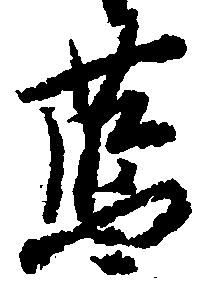
藍